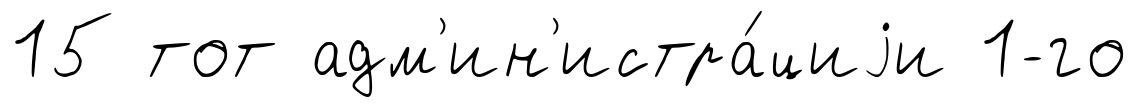
15 тот адм'ин'истра́циjи 1-го